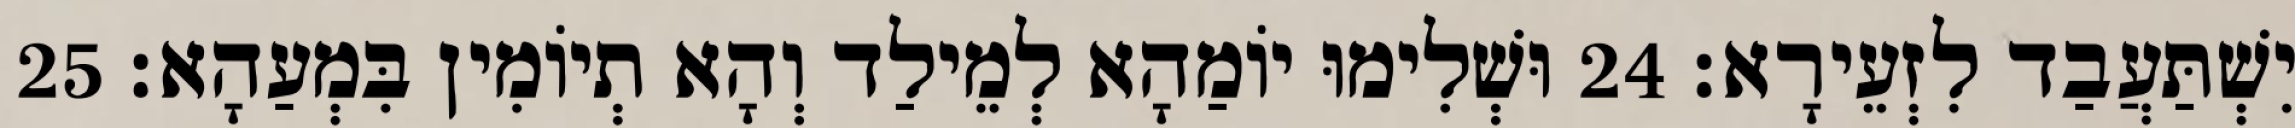
יִשְׁתַּעֲבַד לִזְעֵירָא׃ 24 וּשְׁלִימוּ יוֹמַהָא לְמֵילַד וְהָא תְיוֹמִין בִּמְעַהָא׃ 25